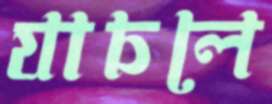
যাচলে